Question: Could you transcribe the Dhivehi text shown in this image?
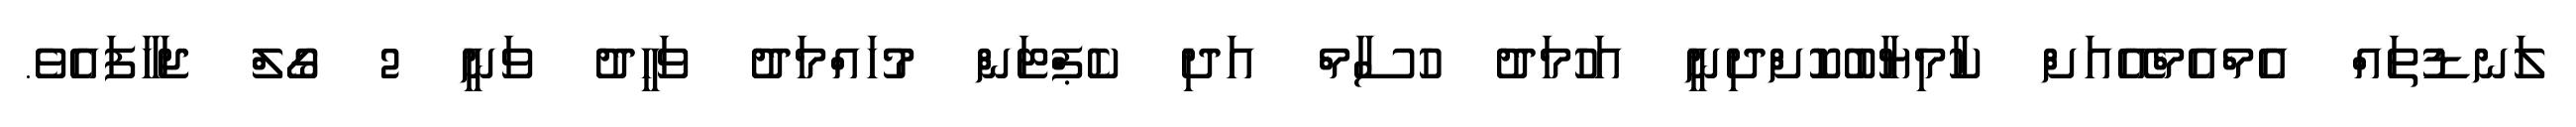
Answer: ލަނޑުތައް އެމްއެމްއޭއަށް ކާމިޔާބުކޮށްދިނީ އަހުމަދު ހުސާމް އަދި ކެޕްޓަން މުހައްމަދު ވަހީދު ވަނީ 2 ގޯލް ޖަހާފައެވެ.